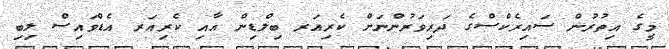
މީގެ އިތުރުން ސައިރެކްސްގެ ދަރިވަރުންނަށް ކެރިއަރ ބިލްޑިން އާއި ކެރިއަރ އެޑްވައިސް ލިބި